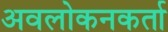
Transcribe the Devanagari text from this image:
अवलोकनकर्ता